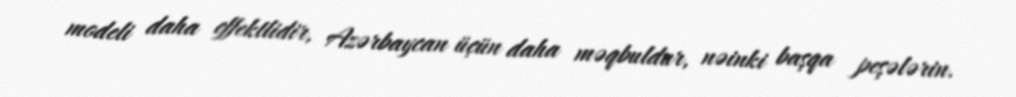
modeli daha effektlidir, Azərbaycan üçün daha məqbuldur, nəinki başqa peşələrin.